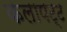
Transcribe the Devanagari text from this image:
कलापट्ट